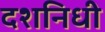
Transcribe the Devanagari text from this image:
दशनिधी